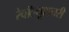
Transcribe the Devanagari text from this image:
रेवॉल्यूशनरी